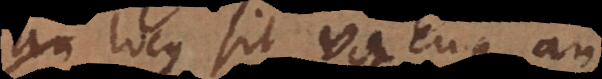
an locus sit vacuus an